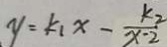
y = k _ { 1 } x - \frac { k _ { 2 } } { x - 2 }